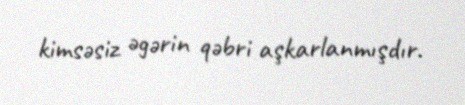
kimsəsiz əgərin qəbri aşkarlanmışdır.